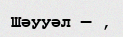
Шәууәл — ,